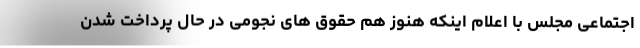
اجتماعی مجلس با اعلام اینکه هنوز هم حقوق های نجومی در حال پرداخت شدن